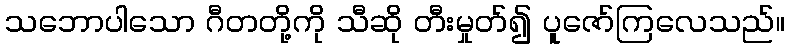
သဘောပါသော ဂီတတို့ကို သီဆို တီးမှုတ်၍ ပူဇော်ကြလေသည်။